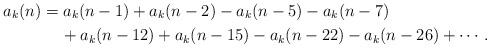
LaTeX: \begin{align*}a_k(n)&=a_k(n-1)+a_k(n-2)-a_k(n-5)-a_k(n-7)\\&\quad\, +a_k(n-12)+a_k(n-15)-a_k(n-22)-a_k(n-26)+\cdots.\end{align*}